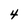
Character: 4